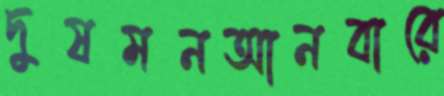
দুষমনআনবারে